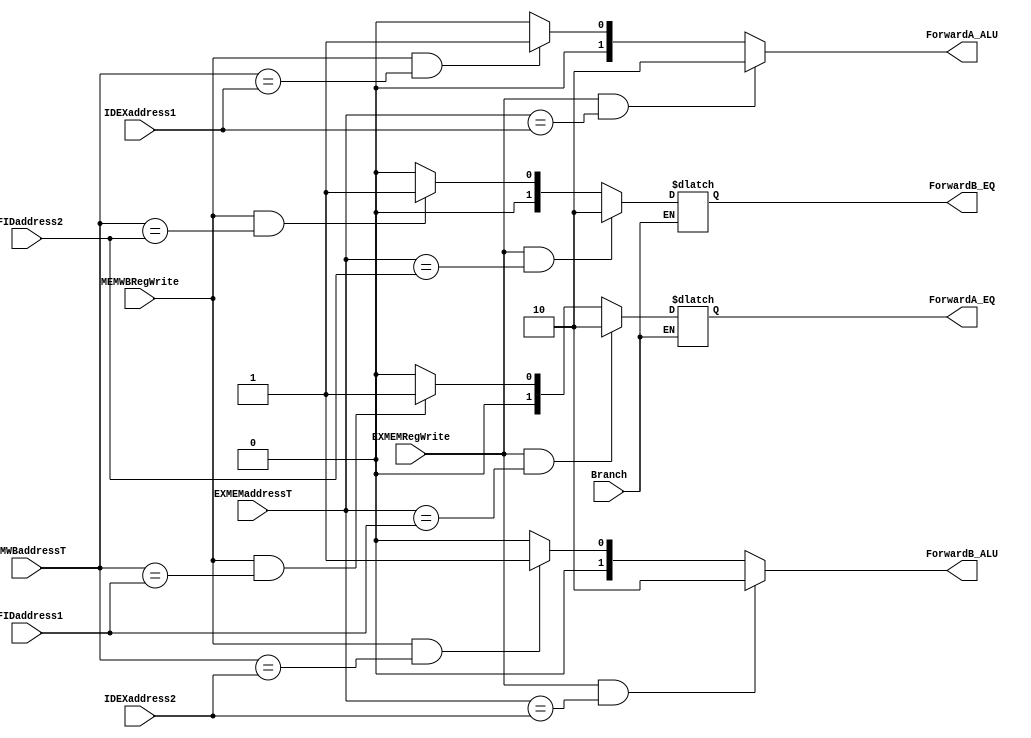
module Forwarding(
    IFIDaddress1,
    IFIDaddress2,
    Branch,
    IDEXaddress1,
    IDEXaddress2,
    EXMEMRegWrite,
    EXMEMaddressT,
    MEMWBRegWrite,
    MEMWBaddressT,
    ForwardA_ALU,	
    ForwardB_ALU, 
    ForwardA_EQ,
    ForwardB_EQ
);

input [4:0] IDEXaddress1, IDEXaddress2, EXMEMaddressT, MEMWBaddressT, IFIDaddress1, IFIDaddress2; 
input EXMEMRegWrite,  MEMWBRegWrite, Branch;
output [1:0] ForwardA_ALU, ForwardB_ALU, ForwardA_EQ, ForwardB_EQ;

reg [1:0] ForwardA_ALU, ForwardB_ALU, ForwardA_EQ, ForwardB_EQ;

initial begin
ForwardA_ALU = 2'b00;
ForwardB_ALU = 2'b00;
ForwardA_EQ = 2'b00;
ForwardB_EQ = 2'b00;
end

always @ (IDEXaddress1 or IDEXaddress2 or EXMEMaddressT or MEMWBaddressT or IFIDaddress1 or IFIDaddress2 or EXMEMRegWrite or MEMWBRegWrite) begin

if (EXMEMRegWrite && (EXMEMaddressT == IDEXaddress1)) 
    ForwardA_ALU <= 2'b10;
else if (MEMWBRegWrite && (MEMWBaddressT == IDEXaddress1))
    ForwardA_ALU <= 2'b01;
  else
    ForwardA_ALU <= 2'b00;
    
if (EXMEMRegWrite && (EXMEMaddressT == IDEXaddress2))
    ForwardB_ALU <= 2'b10;
else if (MEMWBRegWrite && (MEMWBaddressT == IDEXaddress2))
    ForwardB_ALU <= 2'b01;
  else
    ForwardB_ALU <= 2'b00;


if (Branch) begin
  if (EXMEMRegWrite && (EXMEMaddressT == IFIDaddress1)) 
    ForwardA_EQ <= 2'b10;
  else if (MEMWBRegWrite && (MEMWBaddressT == IFIDaddress1))
    ForwardA_EQ <= 2'b01;
  else
    ForwardA_EQ <= 2'b00;
    
  if (EXMEMRegWrite && (EXMEMaddressT == IFIDaddress2))
    ForwardB_EQ <= 2'b10;
  else if (MEMWBRegWrite && (MEMWBaddressT == IFIDaddress2))
    ForwardB_EQ <= 2'b01;
  else
    ForwardB_EQ <= 2'b00;
    
  end
end


endmodule